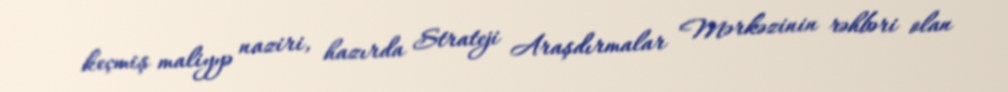
keçmiş maliyyə naziri, hazırda Strateji Araşdırmalar Mərkəzinin rəhbəri olan